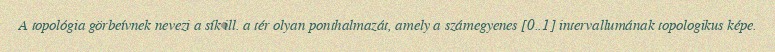
A topológia görbeívnek nevezi a sík ill. a tér olyan ponthalmazát, amely a számegyenes [0..1] intervallumának topologikus képe.